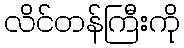
လိင်တန်ကြီးကို